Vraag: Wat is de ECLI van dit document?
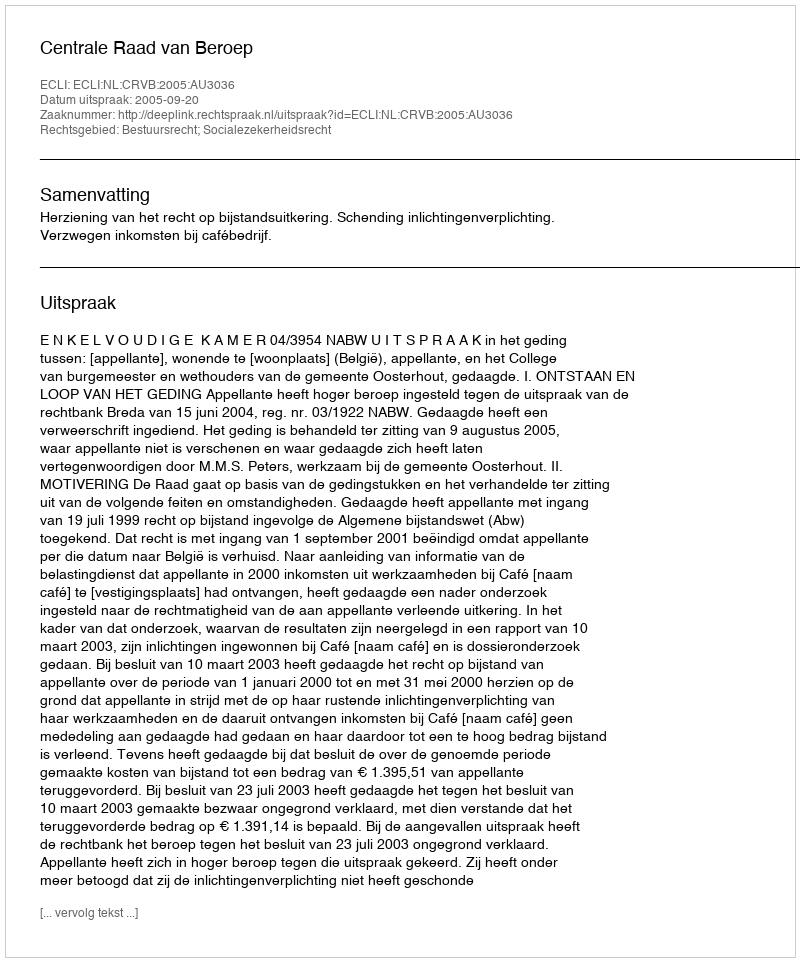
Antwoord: ECLI:NL:CRVB:2005:AU3036